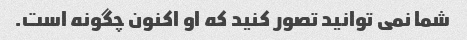
شما نمی توانید تصور کنید که او اکنون چگونه است.